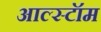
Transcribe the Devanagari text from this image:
आल्स्टॉम